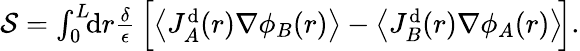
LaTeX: \begin{array}{r}{\mathcal{S}=\int_{0}^{L}\! \! \mathrm{d}r\frac{\delta}{\epsilon}\, \Big[\! \left\langle J_{A}^{\mathrm{d}}(r)\nabla\phi_{B}(r)\right\rangle-\left\langle J_{B}^{\mathrm{d}}(r)\nabla\phi_{A}(r)\right\rangle\! \Big].}\end{array}